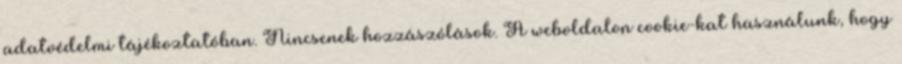
adatvédelmi tájékoztatóban. Nincsenek hozzászólások. A weboldalon cookie-kat használunk, hogy